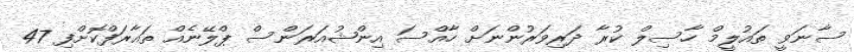
ސާނަވީ ތައުލީމް ހާސިލް ކުރާ ދަރިވަރުންނަށް ހާއްސަ އިންޝުއަރަންސް ޕްލޭނެއް ތައާރަފްކޮށްފި 47